Source: Handwritten
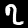
Digit: ၇ (7)